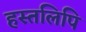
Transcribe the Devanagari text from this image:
हस्‍तलिपि